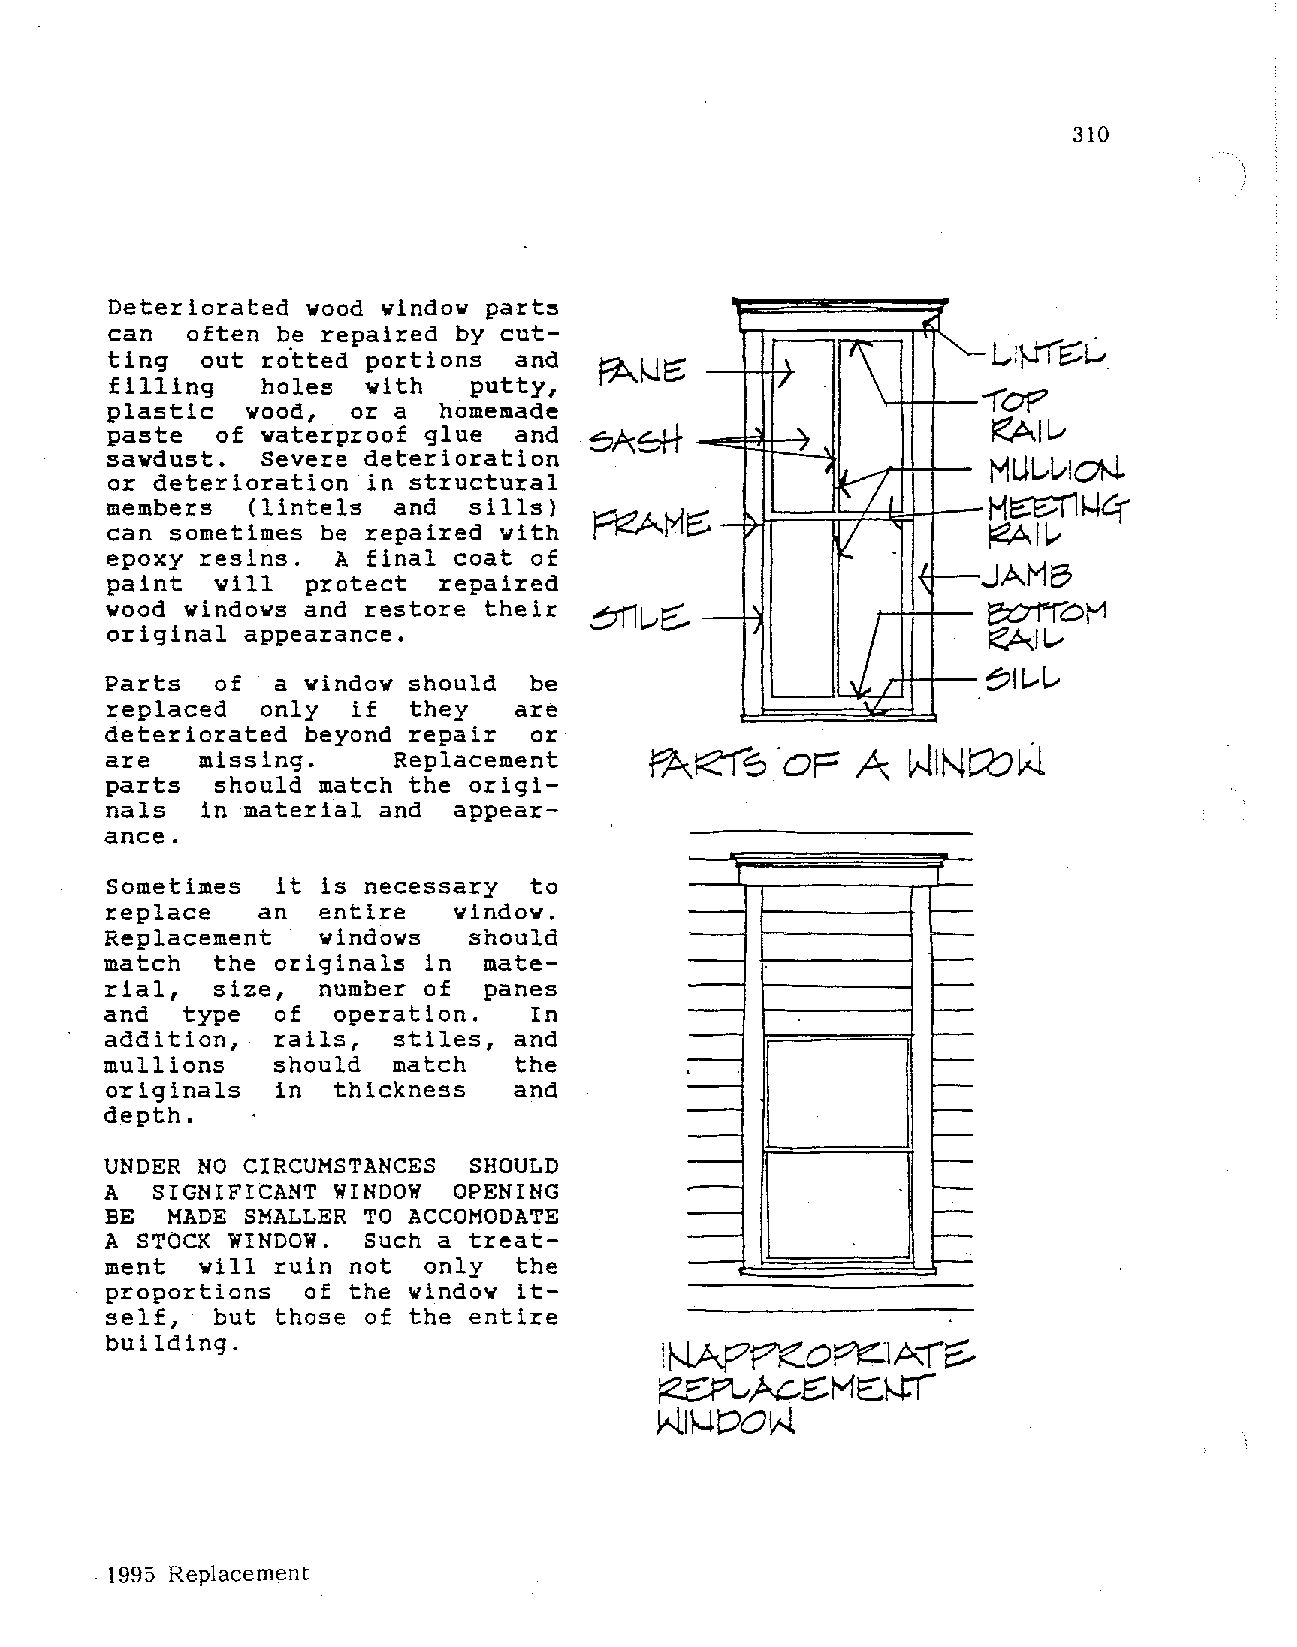
310
 Deteriorated vood vindov
 part~
 can  often be repaired by cut
 1'\
 ting  out ro.tted portions and                             l..I}J'"I~G
 '
 filling   holes  vith   putty,              /
 "i"oP
 plastic  vood,  or a  homemade
 paste  of waterproof glue  and                             ~JL.-
 ~
 savdust.  Severe deterioration
 or deterioration in structural                  i 1t ]',  MU L -1.11 oN.
 members  (lintels  and  sills)                            H~~q­
 can sometimes be repaired vith                  I.        ~11..-
 epoxy resins.  A final coat of
 JAMB
 paint  vill  protect  repaired
 vood vindovs and restore their            I,
 ~0!-1
 I
 original appearance.                      I'
 ~IL..-
 Parts  of  a vindov should  be                   'I}.     :?1 [.... L,.,
 I
 replaced  only  if  they   are
 deteriorated beyond repair  or
 are   missing.     Replacement
 parts  should match the origi
 nals  in material and  appear
 ance.
 Sometimes  it is necessary  to
 replace   an  entire   vindov.
 Replacement   vindovs   should
 match  the originals in  mate
 rial,  size,  number of  panes
 and  type  of  operation.   In
 addition,  rails,  stiles, and
 mullions   should  match   the
 originals  in  thickness   and
 depth.
 UNDER NO CIRCUMSTANCES  SHOULD
 A  SIGNIFICANT WINDOW  OPENING
 BE  MADE SMALLER TO ACCOMODATE
 A STOCK WINDOW.  Such a treat
 ment  vill ruin not  only  the
 proportions  of the vindov it
 self,  but those of the entire
 building.
 1995 Replacement